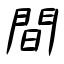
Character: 間